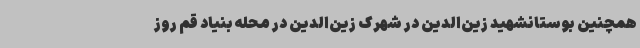
همچنین بوستانشهید زین‌الدین در شهرک زین‌الدین در محله بنیاد قم روز